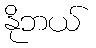
နိုဘယ်